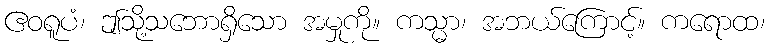
ဧဝရူပံ၊ ဤသို့သဘောရှိသော အမှုကို။ ကသ္မာ၊ အဘယ်ကြောင့်။ ကရောထ၊